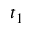
t _ { 1 }